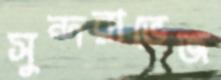
সুন্দরাভেজ